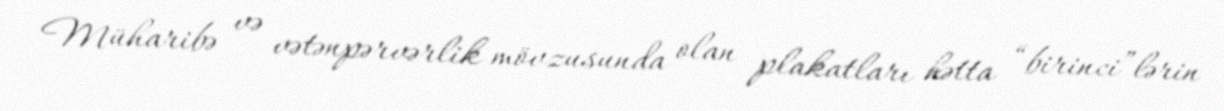
Müharibə və vətənpərvərlik mövzusunda olan plakatları hətta “birinci”lərin